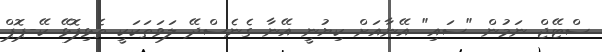
ސްޓޭޖް ނަމުން "ސައި" އޭނާއަށް ކިޔުނީ އޭނާ ގެނެސްދޭ ލަވަތަކަކީ ތެޅިފޮޅޭ ކޭ-ޕޮޕް